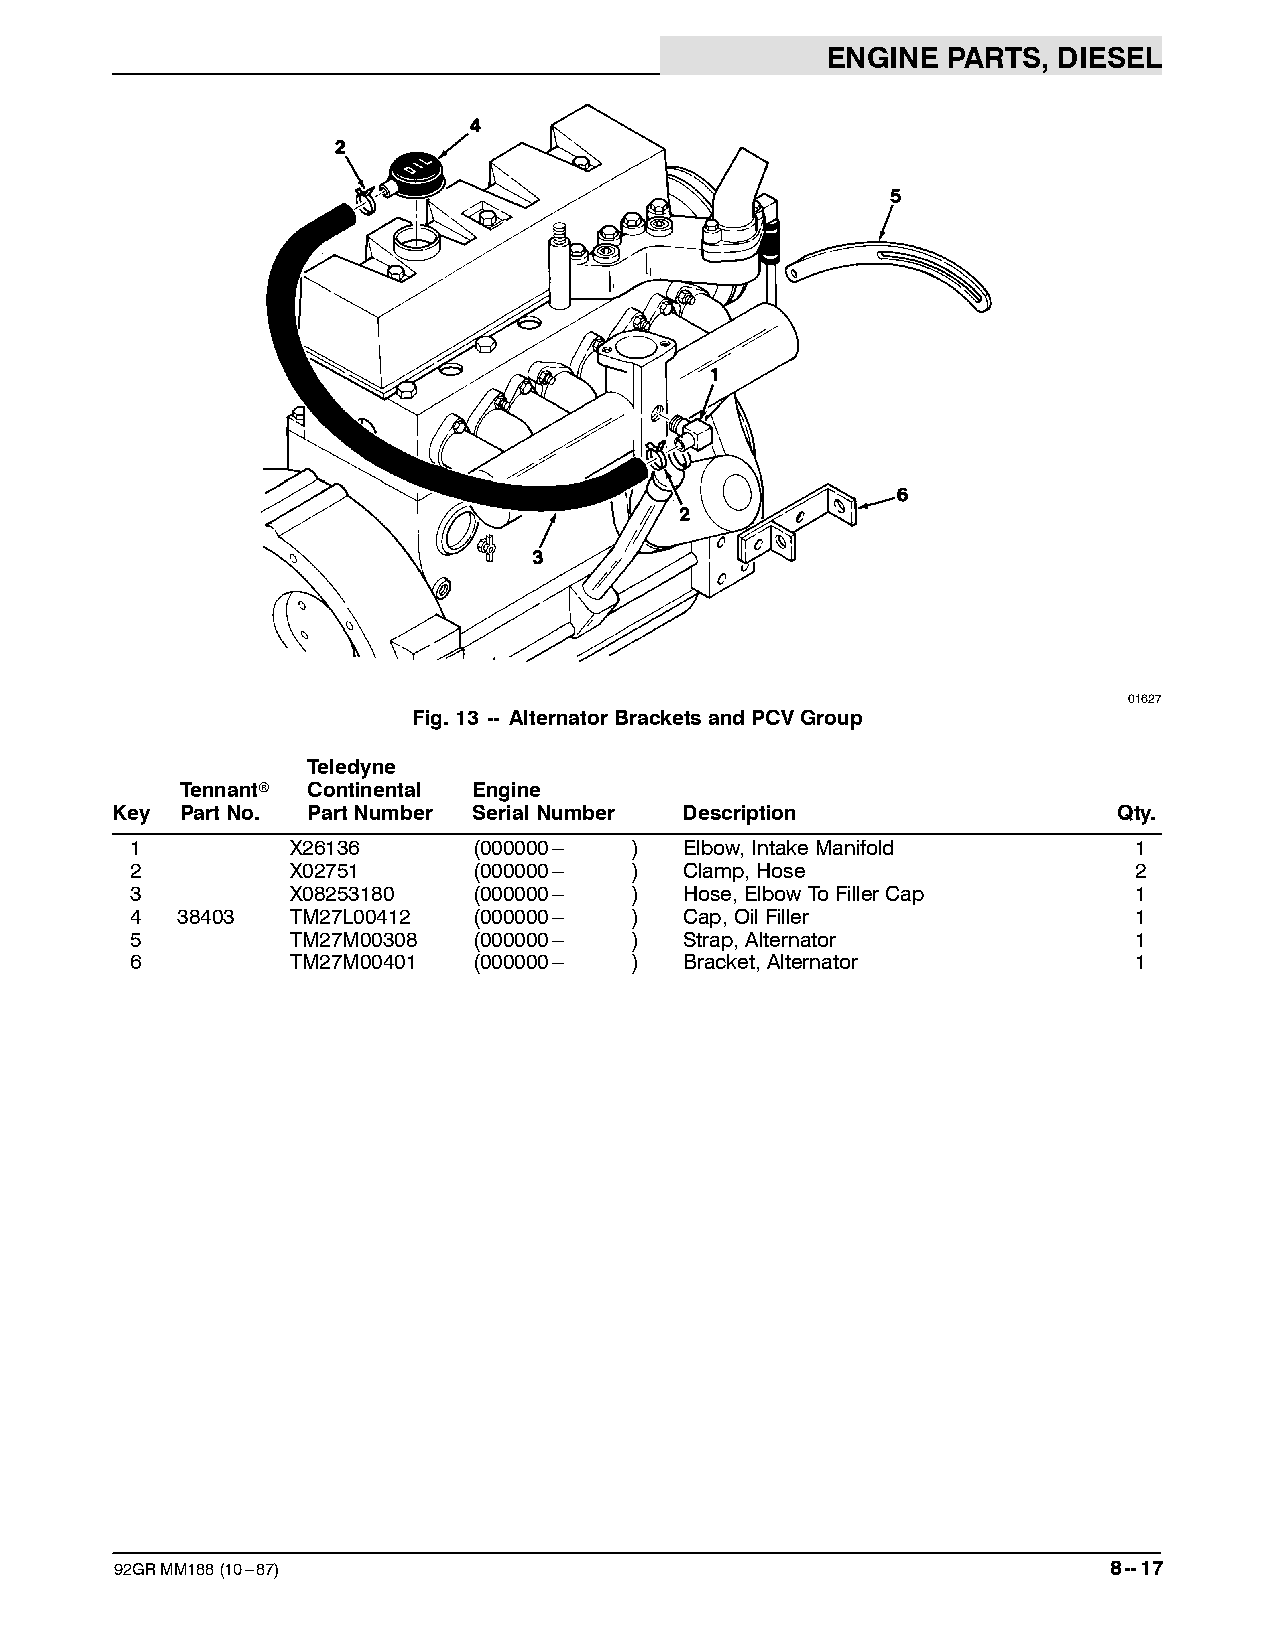
ENGINE  PARTS, DIESEL
 01627
 Fig.13 -- AlternatorBracketsandPCVGroup
 Teledyne
 Tennantr Continental Engine
 Key  PartNo. PartNumber SerialNumber  Description                  Qty.
 1         X26136      (000000--- )  Elbow,IntakeManifold          1
 2         X02751      (000000--- )  Clamp,Hose                    2
 3         X08253180   (000000--- )  Hose,ElbowToFillerCap         1
 4  38403  TM27L00412  (000000--- )  Cap,OilFiller                 1
 5         TM27M00308  (000000--- )  Strap,Alternator              1
 6         TM27M00401  (000000--- )  Bracket,Alternator            1
 92GRMM188(10---87)                                                8--17